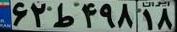
۶۲ط۴۹۸۱۸